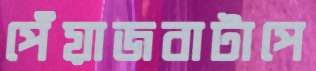
পেঁয়াজবাটাপে